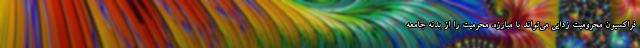
فراکسیون محرومیت زدایی می‌تواند با مبارزه، محرمیت را از بدنه جامعه